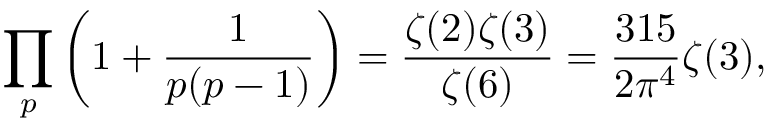
\prod _ { p } \left( 1 + { \frac { 1 } { p ( p - 1 ) } } \right) = { \frac { \zeta ( 2 ) \zeta ( 3 ) } { \zeta ( 6 ) } } = { \frac { 3 1 5 } { 2 \pi ^ { 4 } } } \zeta ( 3 ) ,